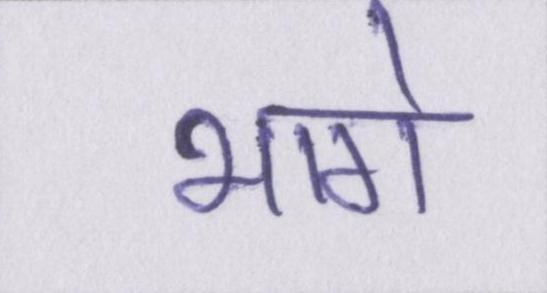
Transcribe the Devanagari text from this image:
भागे